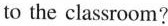
to the classroom?